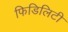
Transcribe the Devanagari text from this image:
फिडिलिटी